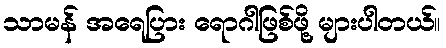
သာမန် အရေပြား ရောဂါဖြစ်ဖို့ များပါတယ်။